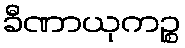
ခီဏာယုကဉ္စ